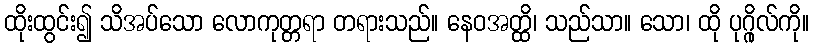
ထိုးထွင်း၍ သိအပ်သော လောကုတ္တရာ တရားသည်။ နေဝအတ္ထိ၊ သည်သာ။ သော၊ ထို ပုဂ္ဂိုလ်ကို။